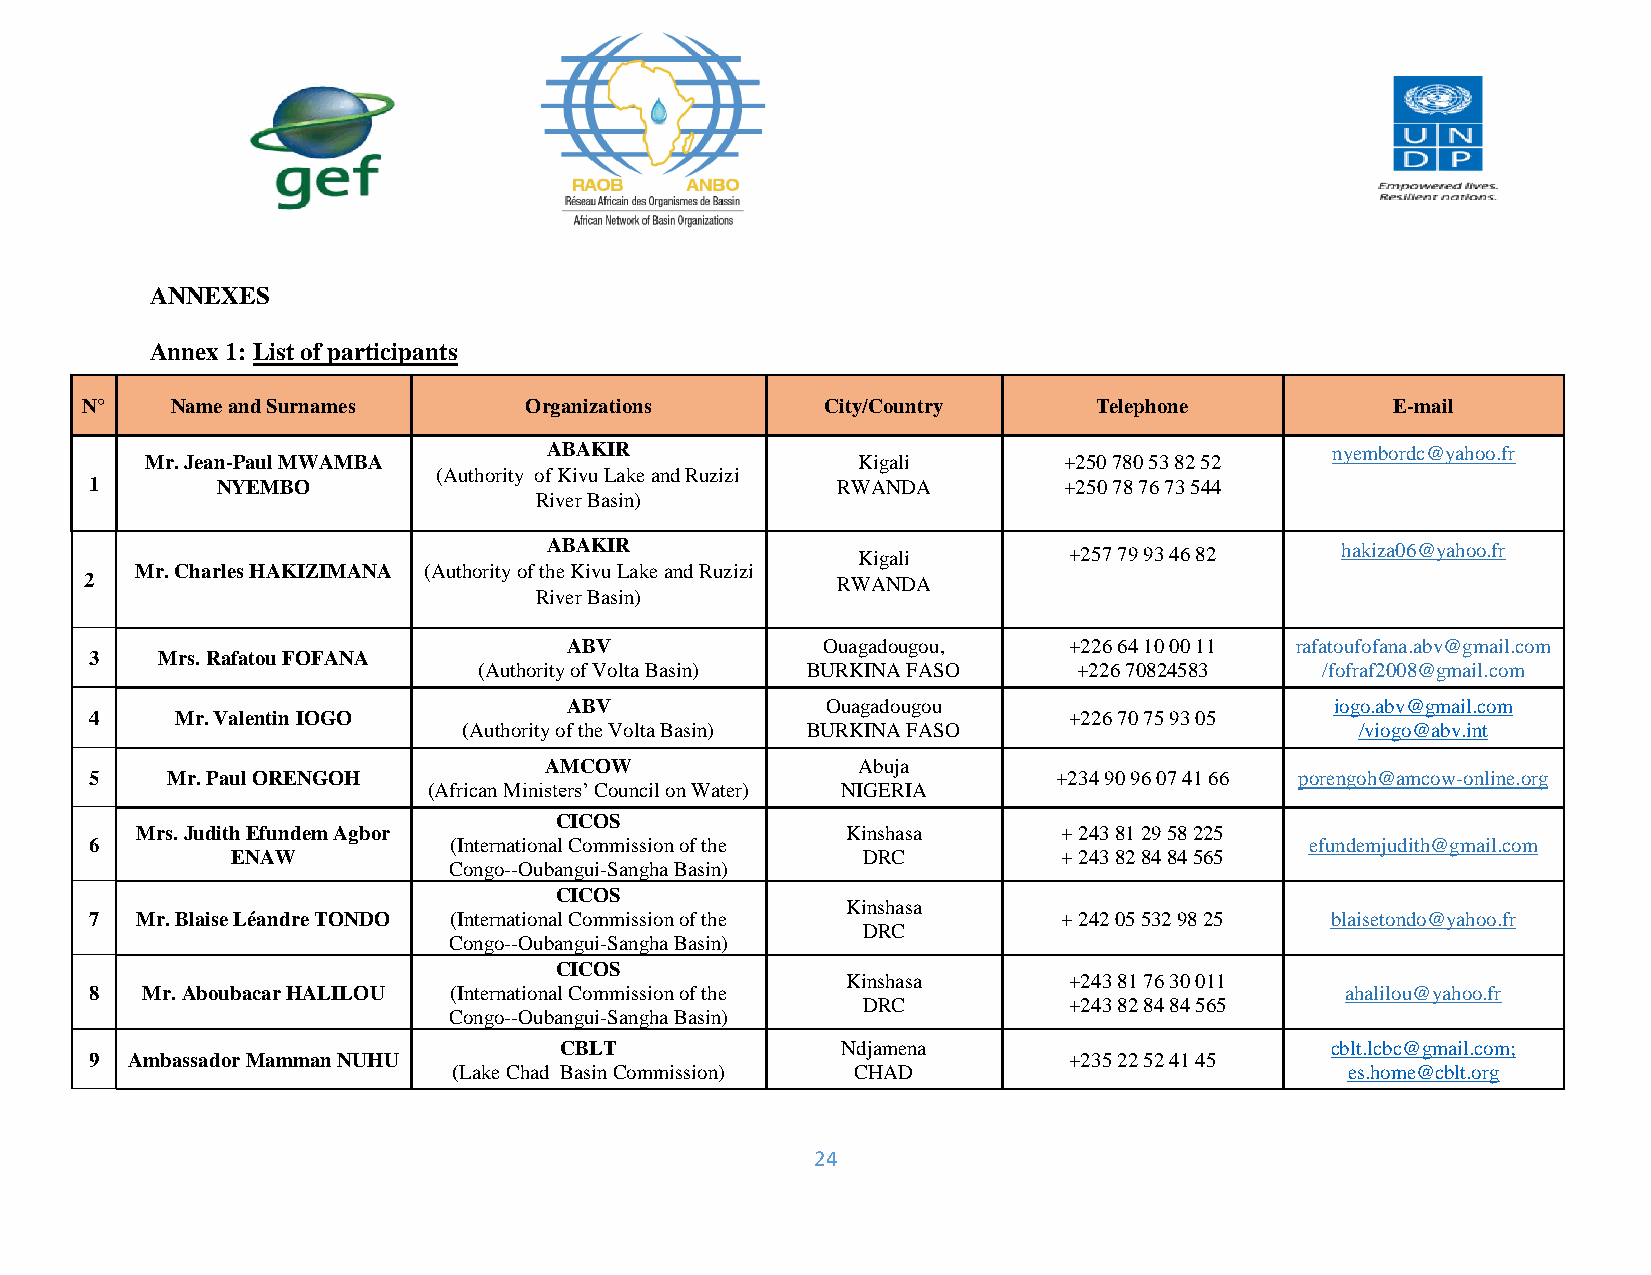
ANNEXES
 Annex 1: List of participants
 N°    Name and Surnames       Organizations       City/Country      Telephone          E-mail
 ABAKIR                                              nyembordc@yahoo.fr
 Mr. Jean-Paul MWAMBA                           Kigali       +250 780 53 82 52
 (Authority of Kivu Lake and Ruzizi
 1       NYEMBO                                   RWANDA         +250 78 76 73 544
 River Basin)
 ABAKIR               Kigali        +257 79 93 46 82  hakiza06@yahoo.fr
 Mr. Charles HAKIZIMANA (Authority of the Kivu Lake and Ruzizi
 2                                                RWANDA
 River Basin)
 ABV              O u a g a d o u g o u , + 2 2 6 64 10 00 11 rafatoufofana.abv@gmail.com
 3   Mrs. Rafatou FOFANA
 (Authority of Volta Basin) BURKINA FASO +226 70824583  /fofraf2008@gmail.com
 ABV               O u a g a d o u g o u            iogo.abv@gmail.com
 4     Mr. Valentin IOGO                                          +226 70 75 93 05
 (Authority of the Volta Basin) BURKINA FASO                /viogo@abv.int
 AMCOW                A b u j a
 5    Mr. Paul ORENGOH                                           +234 90 96 07 41 66 porengoh@amcow-online.org
 (African Ministers’ Council on Water) NIGERIA
 CICOS
 Mrs. Judith Efundem Agbor                      Kinshasa      + 243 81 29 58 225
 6                       (International Commission of the                         efundemjudith@gmail.com
 ENAW                                      DRC          + 243 82 84 84 565
 Congo--Oubangui-Sangha Basin)
 CICOS
 Kinshasa
 7  Mr. Blaise Léandre TONDO (International Commission of the    + 242 05 532 98 25 blaisetondo@yahoo.fr
 DRC
 Congo--Oubangui-Sangha Basin)
 CICOS
 Kinshasa       +243 81 76 30 011
 8  Mr. Aboubacar HALILOU (International Commission of the                          ahalilou@yahoo.fr
 DRC           +243 82 84 84 565
 Congo--Oubangui-Sangha Basin)
 CBLT               N d j a m e n a                 cblt.lcbc@gmail.com;
 9 Ambassador Mamman NUHU                                         +235 22 52 41 45
 (Lake Chad Basin Commission) CHAD                          es.home@cblt.org
 24